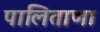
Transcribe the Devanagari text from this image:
पालिताणा